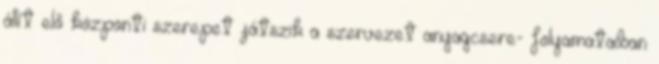
állít elő központi szerepet játszik a szervezet anyagcsere- folyamataiban